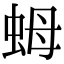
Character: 𧉯